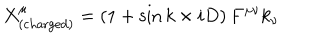
X _ { \mathrm { ( c h a r g e d ) } } ^ { \mu } = \left( 1 + \sin { k \times i D } \right) F ^ { \mu \nu } k _ { \nu }